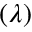
( \lambda )